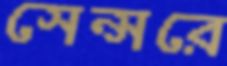
সেন্সরে